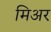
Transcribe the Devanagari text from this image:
मिअर